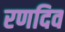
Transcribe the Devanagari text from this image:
रणदिव